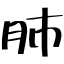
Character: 肺